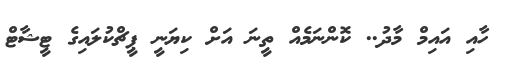
ހާއި އައިމް މާދު.. ކޮންނަމެއް ތީނަ އަށް ކިޔަނީ ޕީޗްކުލައިގެ ޓީޝާޓް